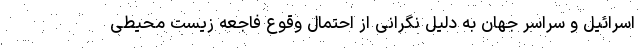
اسرائیل و سراسر جهان به دلیل نگرانی از احتمال وقوع فاجعه زیست محیطی